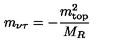
m _ { \nu \tau } = - \frac { m _ { \mathrm { t o p } } ^ { 2 } } { M _ { R } }